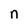
Character: n